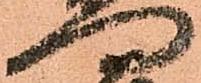
門